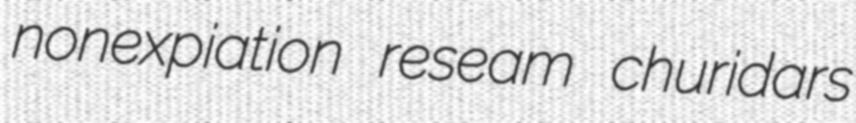
nonexpiation reseam churidars